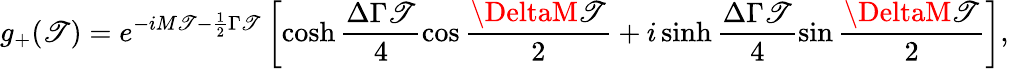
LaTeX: g_{+}(\mathscr{T})=e^{-iM\mathscr{T}-\frac{{1}}{{2}}\Gamma\mathscr{T}}\left[\cosh\frac{{\Delta\Gamma\mathscr{T}}}{{4}}\cos\frac{{\DeltaM\mathscr{T}}}{{2}}+i\sinh\frac{{\Delta\Gamma\mathscr{T}}}{{4}}\sin\frac{{\DeltaM\mathscr{T}}}{{2}}\right],